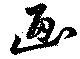
画